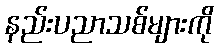
နည်းပညာသစ်များကို